画像に写った文字を読んでください
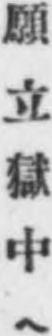
「願立獄中ヘ」と書いてあります